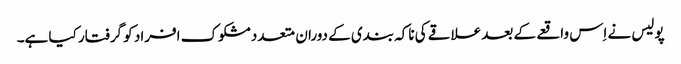
پولیس نے اِس واقعے کے بعد علاقے کی ناکہ بندی کے دوران متعدد مشکوک افراد کو گرفتار کیا ہے۔